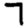
Digit: 7